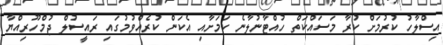
އިސްލާހު ކުރުމަށް ކުރާ މަސައްކަތް ހުއްޓާނުލާނެ ކަމަށާއި އެކަން ކުރެއްވުމުގައި ރައީސުލް ޖުމްހޫރިއްޔާ